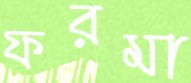
ফরমা